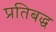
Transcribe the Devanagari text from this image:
प्रतिबद्ध